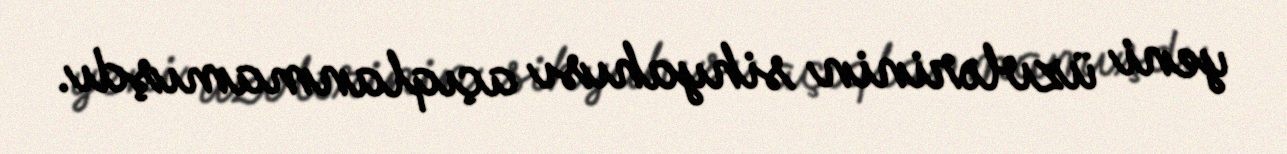
yeni üzvlərinin sihyahısı açıqlanmamışdı.